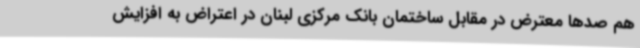
هم صدها معترض در مقابل ساختمان بانک مرکزی لبنان در اعتراض به افزایش